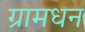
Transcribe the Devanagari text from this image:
ग्रामधन